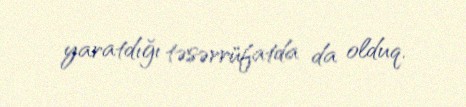
yaratdığı təsərrüfatda da olduq.